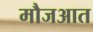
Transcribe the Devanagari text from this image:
मौजआत